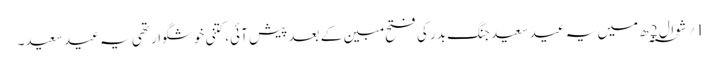
1؍ شوال 2 ؁ھ میں یہ عید سعید جنگ بدر کی فتح مبین کے بعد پیش آئی، کتنی خوشگوار تھی یہ عید سعید۔